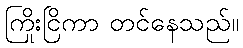
ကြိုးငြိကာ တင်နေသည်။